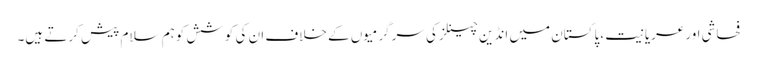
فحاشی اورعریانیت ،پاکستان میں انڈین چینلزکی سرگرمیوں کے خلاف ان کی کوشش کوہم سلام پیش کرتے ہیں۔